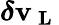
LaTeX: \boldsymbol{\delta\mathbf{v}_{\mathrm{{~L~}}}}